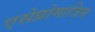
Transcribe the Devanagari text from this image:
एसेप्रोमाजिन